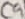
Text: C9